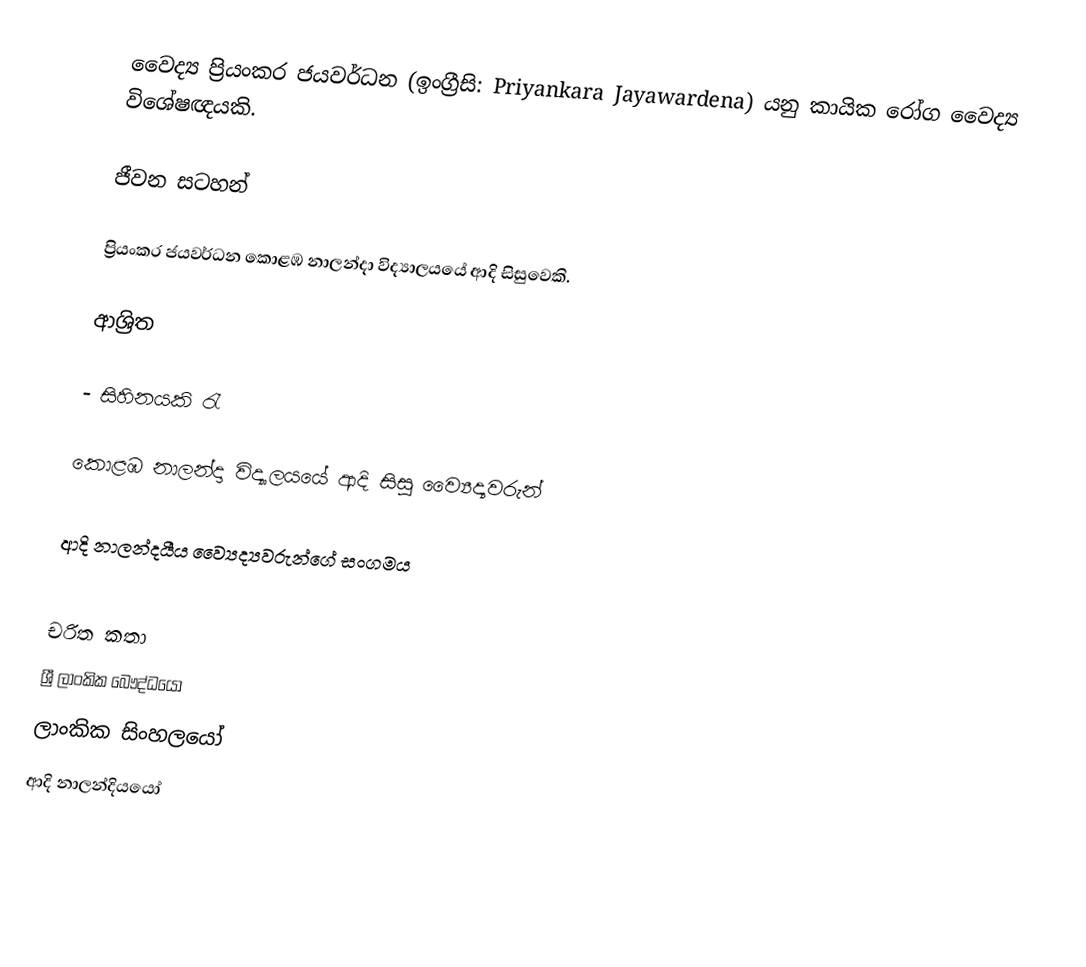
වෛද්‍ය ප්‍රියංකර ජයවර්ධන (ඉංග්‍රීසි: Priyankara Jayawardena) යනු කායික රෝග වෛද්‍ය විශේෂඥයකි.

ජීවන සටහන්

ප්‍රියංකර ජයවර්ධන කොළඹ නාලන්දා විද්‍යාලයයේ ආදි සිසුවෙකි.

ආශ්‍රිත

 - සිහිනයකි රැ

 කොළඹ නාලන්දා විද්‍යාලයයේ ආදි සිසු ව්‍යෛද්‍යවරුන්

 ආදි නාලන්දයීය ව්‍යෛද්‍යවරුන්ගේ සංගමය

චරිත කතා
ශ්‍රී ලාංකික බෞද්ධයෝ
ලාංකික සිංහලයෝ
ආදි නාලන්දියයෝ